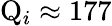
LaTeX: \mathrm{Q}_{i}\approx 177